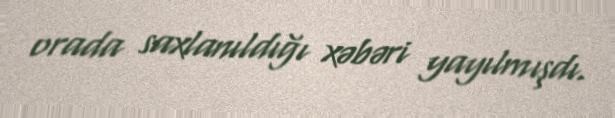
orada saxlanıldığı xəbəri yayılmışdı.